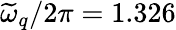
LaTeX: \widetilde{\omega}_{q}/2\pi=1.326